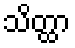
သိတ္ထာ